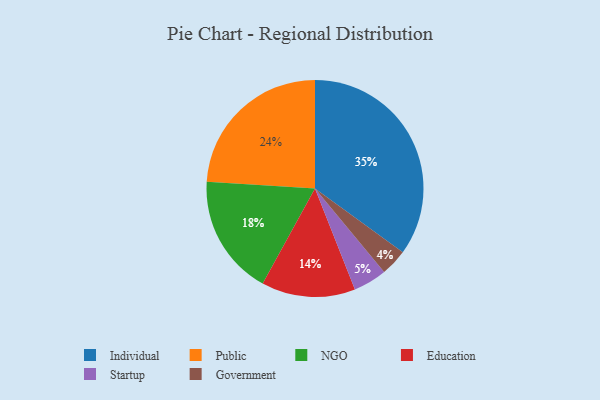
{"axis": {"x": "Category", "y": "Percentage"}, "legend": ["Education", "Government", "Individual", "NGO", "Public", "Startup"], "data": [{"x": "Startup", "y": 5, "type": "Startup"}, {"x": "Government", "y": 4, "type": "Government"}, {"x": "NGO", "y": 18, "type": "NGO"}, {"x": "Education", "y": 14, "type": "Education"}, {"x": "Individual", "y": 35, "type": "Individual"}, {"x": "Public", "y": 24, "type": "Public"}]}